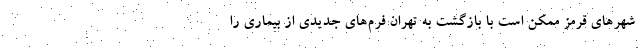
شهرهای قرمز ممکن است با بازگشت به تهران فرم‌های جدیدی از بیماری را